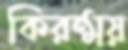
কিরন্ময়